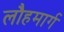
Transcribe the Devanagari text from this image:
लौहमार्ग